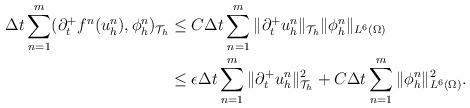
LaTeX: \begin{align*}\Delta t \sum_{n=1}^{m} (\partial_{t}^+f^n(u_h^n),\phi_h^n)_{\mathcal{T}_h}&\le C \Delta t\sum_{n=1}^{m}\|\partial_{t}^+u_h^n\|_{\mathcal T_h}\|\phi_h^n\|_{L^6(\Omega)}\\&\le \epsilon \Delta t\sum_{n=1}^{m}\|\partial_{t}^+u_h^n\|_{\mathcal T_h}^2 + C\Delta t \sum_{n=1}^m \|\phi_h^n\|_{L^6(\Omega)}^2.\end{align*}